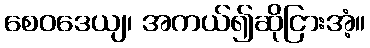
စေဝဒေယျ၊ အကယ်၍ဆိုငြားအံ့။